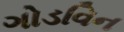
ગોડવિન